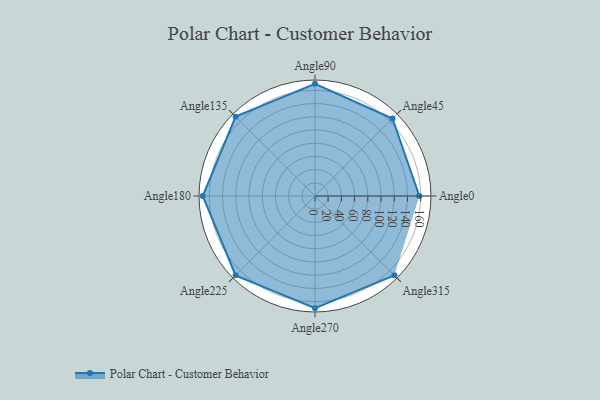
{"axis": {"x": "Angle", "y": "Radius"}, "legend": [""], "data": [{"x": "Angle0", "y": 158.0, "type": ""}, {"x": "Angle45", "y": 166.0, "type": ""}, {"x": "Angle90", "y": 170, "type": ""}, {"x": "Angle135", "y": 170, "type": ""}, {"x": "Angle180", "y": 170, "type": ""}, {"x": "Angle225", "y": 170, "type": ""}, {"x": "Angle270", "y": 170, "type": ""}, {"x": "Angle315", "y": 170, "type": ""}]}